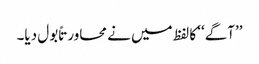
’’آگے‘‘ کا لفظ میں نے محاورتاً بول دیا۔